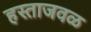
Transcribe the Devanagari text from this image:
हस्ताजवळ